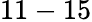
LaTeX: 11-15